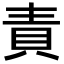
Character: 責